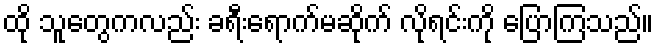
ထို သူတွေကလည်း ခရီးရောက်မဆိုက် လိုရင်းကို ပြောကြသည်။